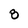
Character: 8